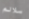
سلالم